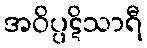
အဝိပ္ပဋိသာရီ